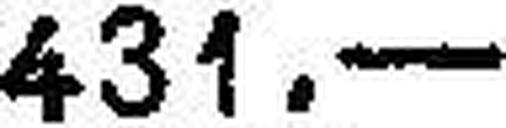
431.—